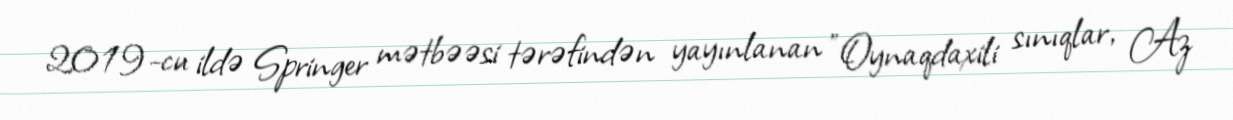
2019-cu ildə Springer mətbəəsi tərəfindən yayınlanan "Oynaqdaxili sınıqlar, Az